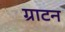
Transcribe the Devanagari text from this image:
ग्राटन